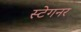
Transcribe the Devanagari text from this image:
स्टेगनर